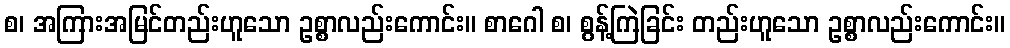
စ၊ အကြားအမြင်တည်းဟူသော ဥစ္စာလည်းကောင်း။ စာဂေါ စ၊ စွန့်ကြဲခြင်း တည်းဟူသော ဥစ္စာလည်းကောင်း။